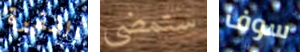
الفقرة ستمضي سوف